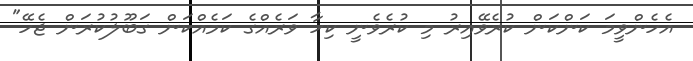
އެހެންވީމަ ކަންކަން ކުރެވޭއިރު މި ކުރެވެނީ ކިހާ ވަރެއްގެ ކަމެއްކަން ގަބޫލުކުރަން ޖެހޭ"